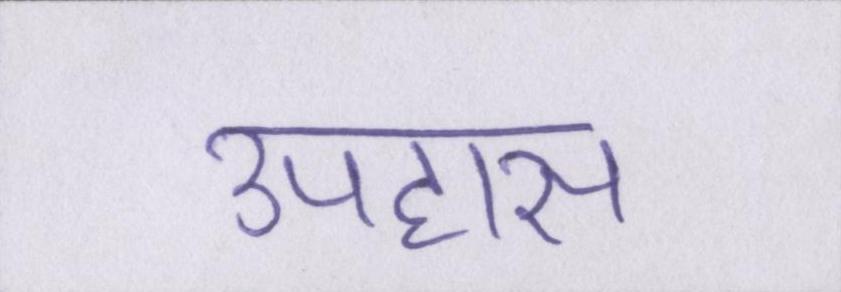
उपहास